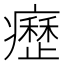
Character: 𤻤